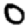
Digit: 0